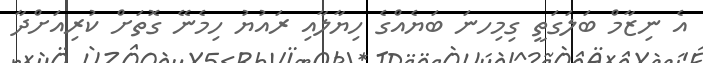
އެ ނިޒާމް ބަލަގަތީ ގިމިހނަ ބަޔެއްގެ ހިޔާލާއި ރައުޔު ހިމެނޭ ގޮތަށް ކުރިއަށްދާ